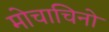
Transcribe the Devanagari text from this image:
मोचाचिनो